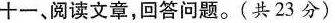
十一、阅读文章，回答问题。(共23分)